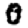
Digit: 0